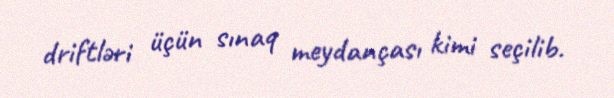
driftləri üçün sınaq meydançası kimi seçilib.